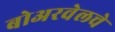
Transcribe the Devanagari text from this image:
बोअरवेलचे